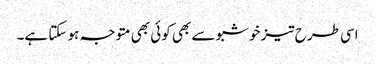
اسی طرح تیز خوشبو سے بھی کوئی بھی متوجہ ہو سکتا ہے۔